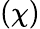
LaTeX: (\chi)